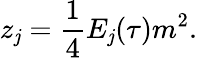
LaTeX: z_{\mathit{j}}={\frac{{1}}{{4}}}E_{\mathit{j}}(\tau)m^{2}.